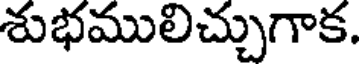
శుభములిచ్చుగాక.